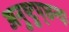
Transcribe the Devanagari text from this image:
अनुष्टुप्‌छन्दः